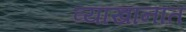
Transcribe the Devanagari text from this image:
व्याखानात